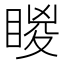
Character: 䁓